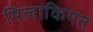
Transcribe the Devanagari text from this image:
मिलाकियत